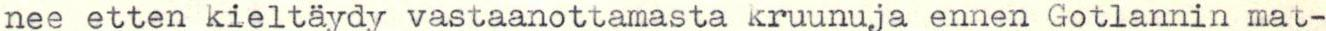
nee etten kieltäydy vastaanottamasta kruunuja ennen Gotlannin mat-